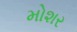
મોશર